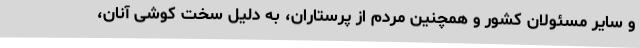
و سایر مسئولان کشور و همچنین مردم از پرستاران، به دلیل سخت کوشی آنان،